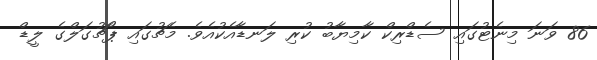
86 ވަނަ މިނެޓުގައި ސެޑްރިކް ކާމިޔާބު ކުރި ލަނޑާއެކުއެވެ. މެޗުގައި ޕޯޗުގަލްގެ ލީޑް